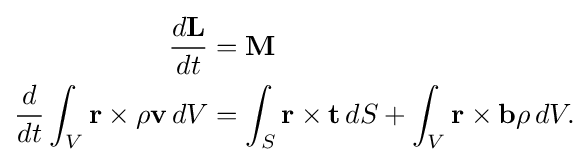
{\begin{aligned}{\frac {d\mathbf {L} }{dt}}&=\mathbf {M} \\{\frac {d}{dt}}\int _{V}\mathbf {r} \times \rho \mathbf {v} \,dV&=\int _{S}\mathbf {r} \times \mathbf {t} \,dS+\int _{V}\mathbf {r} \times \mathbf {b} \rho \,dV.\end{aligned}}